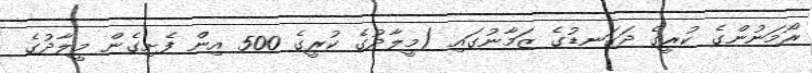
ރޯމަނުންގެ ކުރީގެ ދަގަނޑުގެ ޒަމާނުގައި (މީލާދުގެ ކުރީގެ 500 އިން ފެށިގެން މީލާދުގެ